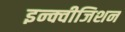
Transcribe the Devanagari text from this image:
इन्क्वीजिशन